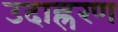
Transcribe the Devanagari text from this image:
उदाह्ररण